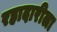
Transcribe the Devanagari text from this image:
रहादारीला